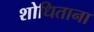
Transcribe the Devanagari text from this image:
शोधिताना